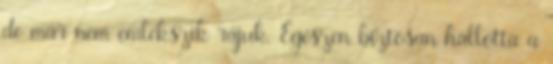
de már nem emlékszik rájuk. Egészen biztosan hallotta a